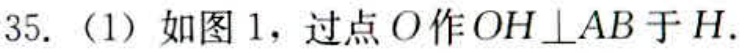
35.（1）如图1，过点\(O\)作\(OH\perp AB\)于\(H\).